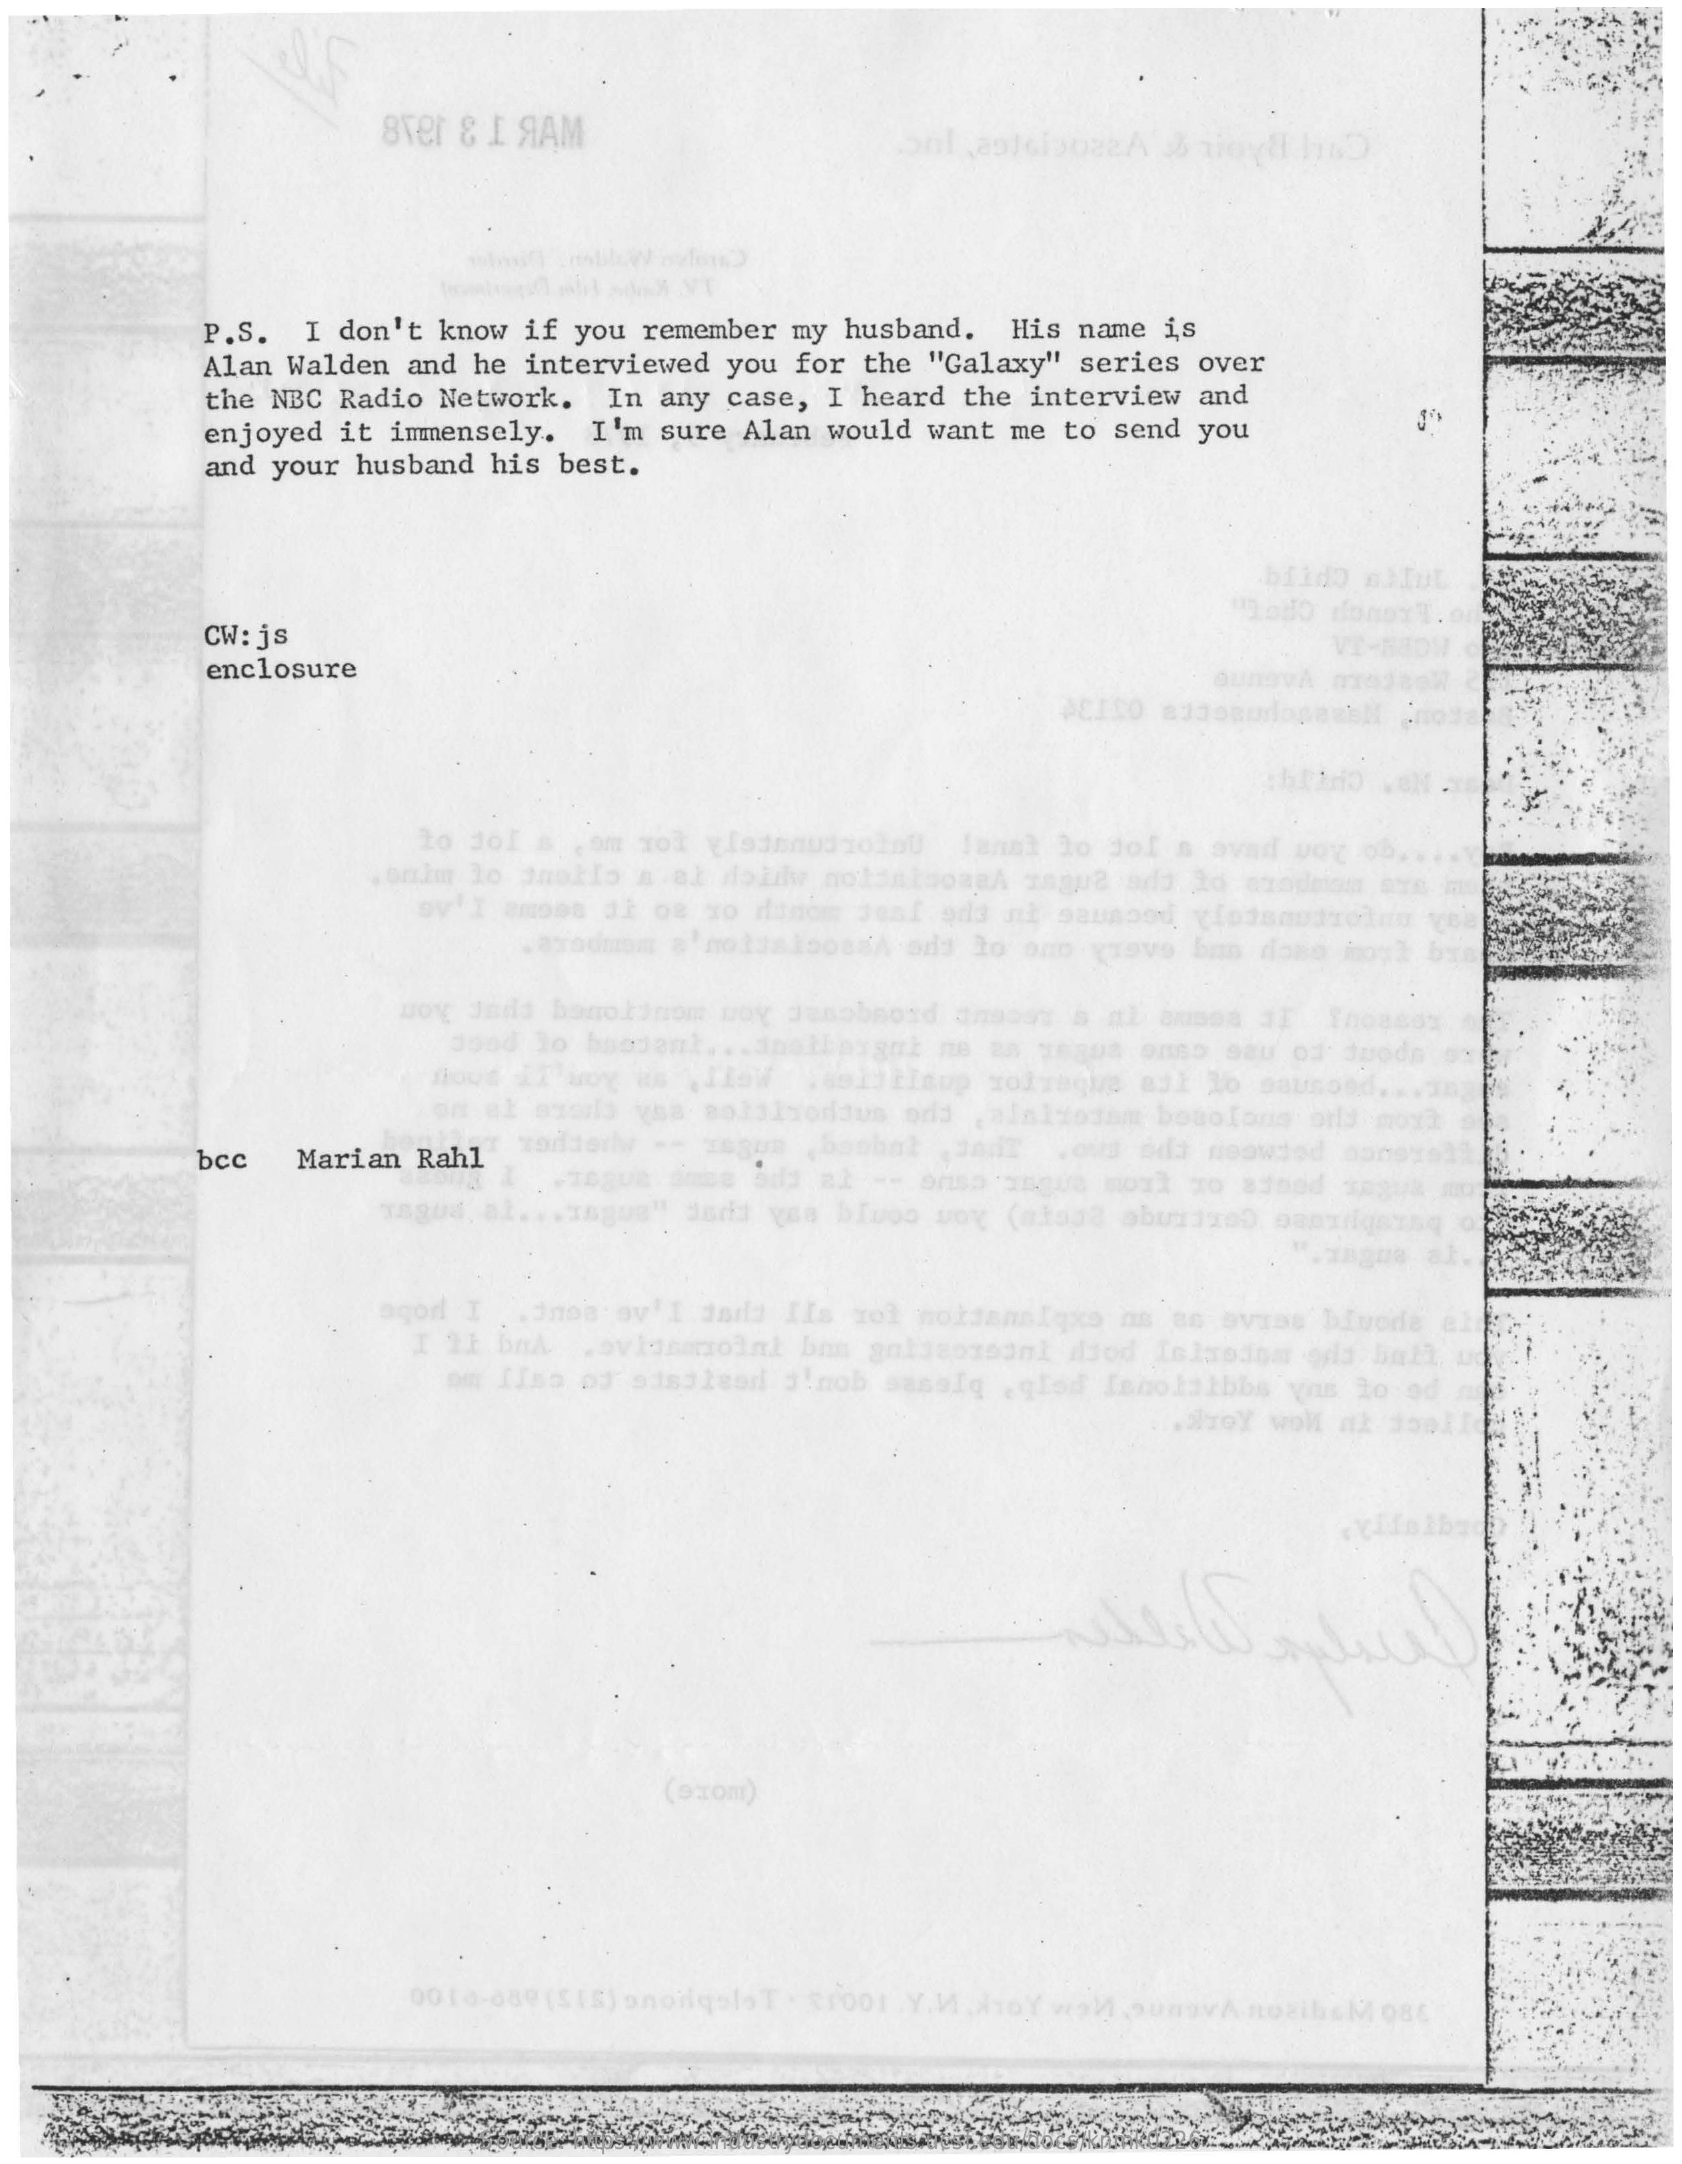
8Ter  &  I SAM
     P.S.    I  don't   know   if  you   remember    my  husband.    His  name   is
     Alan  Walden    and   he  interviewed    you   for   the  "Galaxy"    series    over
     the  NBC   Radio   Network.    In  any  case,    I heard    the  interview    and
     enjoyed    it  immensely.    I'm   sure   Alan   would   want   me  to  send   you
     and  your   husband    his   best.
     bildo    mMfut
     " od0   donoYT.
     CW: js
     enclosure
     ACINO   ajaom
     to  jol   s  jom  xol   gladanudioloU    fanat   lo  jof  s  avad   vor   ob
     Doy  Jads   banofinom    Box
     allpygul    ne  an  yegua   onso   sau   of  duode
     Thoasoy
     Dood   lo  baovent   ...
     tavolo    vos   salaisonaus    ods   , alalzosam    bosofons    orly  moy?
     bcc    Marian    Rahl    (bombal    , Jadr    .ous  oda   noawdod    sansy
     agor!  I  . . Jnos av'I   dada   IIs   vol  noktanalqxs    as  an  avass   Divode    al
     om  IIso  of   sisaleod    sinob   sasalq    . qloď  Isnołatbbs    yns   to  od
     YHfalba
     (oxom)
     0010-889  [S[S)  onoilgaloT    : $root   Y    2ib&M   086
     Source: https://www.industrydocuments.ucsf.edu/docs/knmk0226